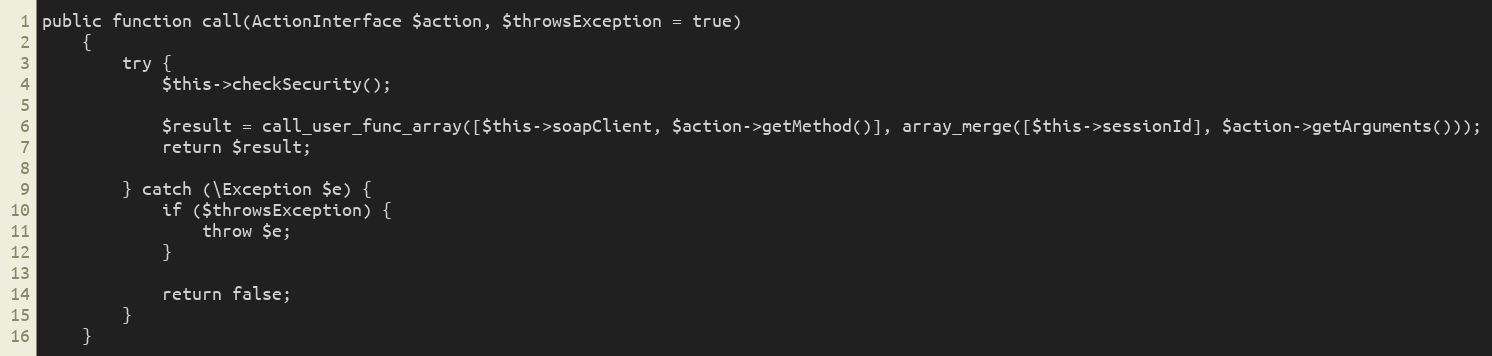
Language: PHP
public function call(ActionInterface $action, $throwsException = true)
    {
        try {
            $this->checkSecurity();

            $result = call_user_func_array([$this->soapClient, $action->getMethod()], array_merge([$this->sessionId], $action->getArguments()));
            return $result;

        } catch (\Exception $e) {
            if ($throwsException) {
                throw $e;
            }

            return false;
        }
    }